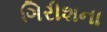
ગિરીશના